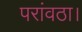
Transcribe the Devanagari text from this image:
परांवठा।